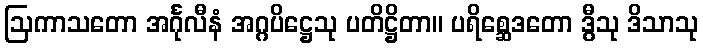
ဩကာသတော အင်္ဂုလီနံ အဂ္ဂပိဋ္ဌေသု ပတိဋ္ဌိတာ။ ပရိစ္ဆေဒတော ဒွီသု ဒိသာသု